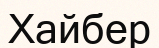
Хайбер